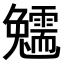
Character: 𩆟